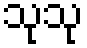
သုသု